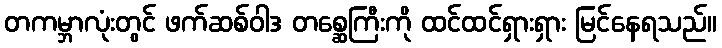
တကမ္ဘာလုံးတွင် ဖက်ဆစ်ဝါဒ တစ္ဆေကြီးကို ထင်ထင်ရှားရှား မြင်နေရသည်။